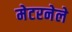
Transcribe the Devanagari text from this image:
मेटरनेले